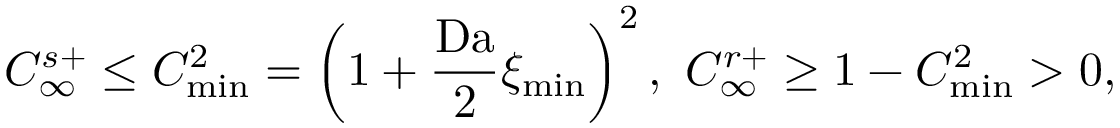
C _ { \infty } ^ { s + } \leq C _ { \operatorname* { m i n } } ^ { 2 } = \left( 1 + \frac { \mathrm { D a } } { 2 } \xi _ { \mathrm { m i n } } \right) ^ { 2 } , \ C _ { \infty } ^ { r + } \geq 1 - C _ { \operatorname* { m i n } } ^ { 2 } > 0 ,